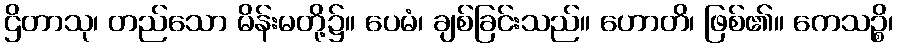
ဌိတာသု၊ တည်သော မိန်းမတို့၌။ ပေမံ၊ ချစ်ခြင်းသည်။ ဟောတိ၊ ဖြစ်၏။ ကေသဉ္စိ၊